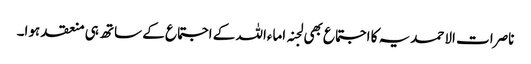
ناصرات الاحمدیہ کا اجتماع بھی لجنہ اماءاللہ کے اجتماع کے ساتھ ہی منعقد ہوا۔